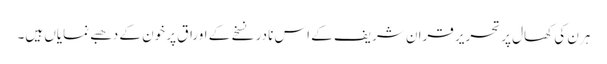
ہرن کی کھال پر تحریر قران شریف کے اس نادر نسخے کے اوراق پر خون کے دھبے نمایاں ہیں۔